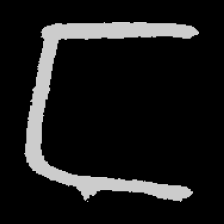
Pyu character \u2014 Myanmar letter: င (romanized: nga)